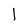
Character: I